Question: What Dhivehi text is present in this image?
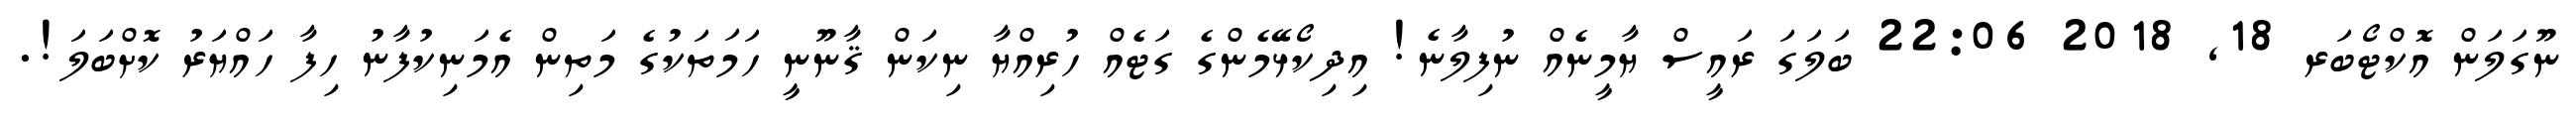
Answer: ނޫގަލަން އޮކްޓޯބަރ 18, 2018 22:06 ބަލަގަ ރައީސް ޔާމީނެއް ނުފިލާނެ! އިދިކޯޅޭމެންގެ ގަޓެއް ހުރިއްޔާ ނިކަން ޤާނޫނީ ހަމަތަކުގެ މަތިން އެމަނިކުފާނު ހިފާ ހައްޔަރު ކޮށްބަލަ!.